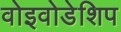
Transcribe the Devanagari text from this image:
वोइवोडेशिप